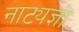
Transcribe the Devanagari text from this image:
नाट्यज्ञों